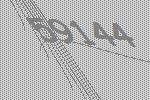
59144